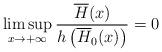
LaTeX: \begin{align*}\limsup_{x\to+\infty} \frac{\overline H(x)}{h\left(\overline H_0(x)\right)}=0 \end{align*}